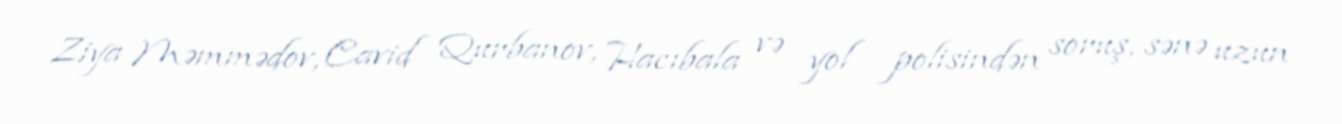
Ziya Məmmədov, Cavid Qurbanov, Hacıbala və yol polisindən soruş, sənə uzun